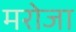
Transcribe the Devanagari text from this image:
मरोजा